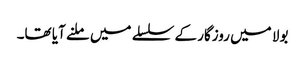
بولا میں روزگار کے سلسلے میں ملنے آیا تھا۔